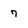
Character: 7